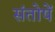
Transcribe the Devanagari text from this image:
संतोषें